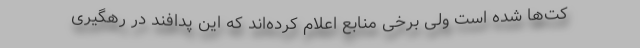
کت‌‌ها شده است ولی برخی منابع اعلام کرده‌اند که این پدافند در رهگیری